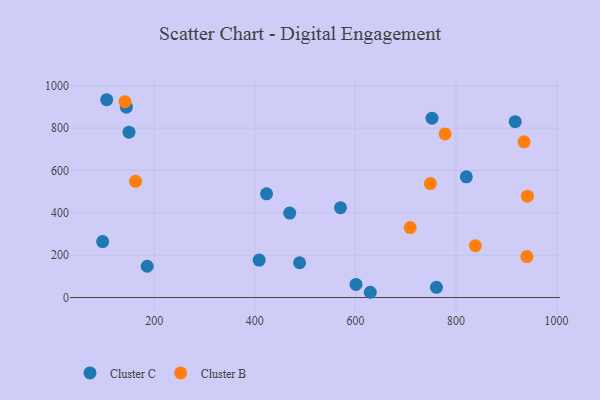
{"axis": {"x": "Distance", "y": "Profit"}, "legend": ["Cluster B", "Cluster C"], "data": [{"x": "489.1", "y": 164.3, "type": "Cluster C"}, {"x": "601.2", "y": 61.9, "type": "Cluster C"}, {"x": "917.8", "y": 830.2, "type": "Cluster C"}, {"x": "629.6", "y": 24.9, "type": "Cluster C"}, {"x": "97.4", "y": 264.4, "type": "Cluster C"}, {"x": "149.8", "y": 780.5, "type": "Cluster C"}, {"x": "408.7", "y": 176.9, "type": "Cluster C"}, {"x": "105.5", "y": 933.8, "type": "Cluster C"}, {"x": "752.4", "y": 846.9, "type": "Cluster C"}, {"x": "144.6", "y": 898.5, "type": "Cluster C"}, {"x": "570.4", "y": 423.9, "type": "Cluster C"}, {"x": "761.2", "y": 48.4, "type": "Cluster C"}, {"x": "469.4", "y": 398.6, "type": "Cluster C"}, {"x": "186.0", "y": 147.7, "type": "Cluster C"}, {"x": "423.4", "y": 489.4, "type": "Cluster C"}, {"x": "820.6", "y": 569.8, "type": "Cluster C"}, {"x": "141.8", "y": 924.8, "type": "Cluster B"}, {"x": "942.0", "y": 478.6, "type": "Cluster B"}, {"x": "778.4", "y": 772.3, "type": "Cluster B"}, {"x": "935.5", "y": 734.9, "type": "Cluster B"}, {"x": "162.8", "y": 548.4, "type": "Cluster B"}, {"x": "838.6", "y": 245.0, "type": "Cluster B"}, {"x": "749.1", "y": 538.0, "type": "Cluster B"}, {"x": "941.0", "y": 193.6, "type": "Cluster B"}, {"x": "709.0", "y": 330.4, "type": "Cluster B"}]}